Report of the Indian Hemp Drugs Commission, 1894-1895 - Volume VIII
Year: 1894
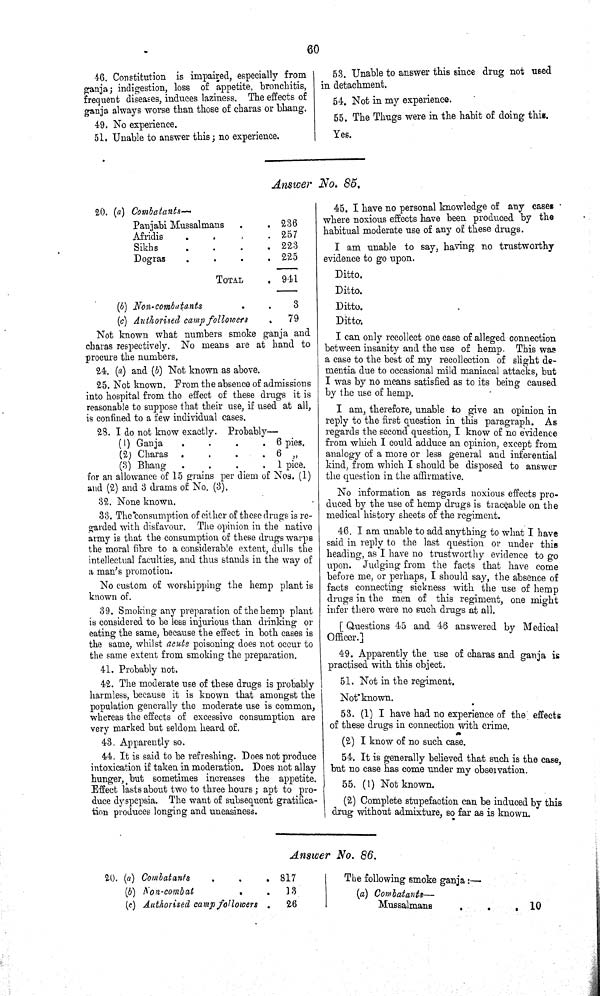
60
46. Constitution is impaired, especially from
ganja; indigestion, loss of appetite, bronchitis,
frequent diseases, induces laziness. The effects of
ganja always worse than those of charas or bhang.
49. No experience.
51. Unable to answer this; no experience.
53. Unable to answer this since drug not used
in detachment.
54. Not in my experience.
55. The Thugs were in the habit of doing this.
Yes.
Answer No. 85.
20. (a)
Combatants—
Panjabi Mussalmans
236
Afridis
257
Sikhs
223
Dogras
225
TOTAL
941
(b) Non-combatants
3
(c) Authorised camp followers
79
Not known what numbers smoke ganja and
charas respectively. No means are at hand to
procure the numbers.
24. (a) and (b) Not known as above.
25. Not known. From the absence of admissions
into hospital from the effect of these drugs it is
reasonable to suppose that their use, if used at all,
is confined to a few individual cases.
28. I do not know exactly.
Probably—
(1) Ganja
6 pies.
(2) Charas
6 "
(3) Bhang
1 pice.
for an allowance of 15 grains per diem of Nos. (1)
and (2) and 3 drams of No. (3).
32. None known.
33. The consumption of either of these drugs is re-
garded with disfavour. The opinion in the native
army is that the consumption of these drugs warps
the moral fibre to a considerable extent, dulls the
intellectual faculties, and thus stands in the way of
a man's promotion.
No custom of worshipping the hemp plant is
known of.
39. Smoking any preparation of the hemp plant
is considered to be less injurious than drinking or
eating the same, because the effect in both cases is
the same, whilst acute poisoning does not occur to
the same extent from smoking the preparation.
41. Probably not.
42. The moderate use of these drugs is probably
harmless, because it is known that amongst the
population generally the moderate use is common,
whereas the effects of excessive consumption are
very marked but seldom heard of.
43. Apparently so.
44. It is said to be refreshing. Does not produce
intoxication if taken in moderation. Does not allay
hunger, but sometimes increases the appetite.
Effect lasts about two to three hours; apt to pro-
duce dyspepsia. The want of subsequent gratifica-
tion produces longing and uneasiness.
45. I have no personal knowledge of any cases
where noxious effects have been produced by the
habitual moderate use of any of these drugs.
I am unable to say, having no trustworthy
evidence to go upon.
Ditto.
Ditto.
Ditto.
Ditto.
I can only recollect one case of alleged connection
between insanity and the use of hemp. This was
a case to the best of my recollection of slight de-
mentia due to occasional mild maniacal attacks, but
I was by no means satisfied as to its being caused
by the use of hemp.
I am, therefore, unable to give an opinion in
reply to the first question in this paragraph. As
regards the second question, I know of no evidence
from which I could adduce an opinion, except from
analogy of a more or less general and inferential
kind, from which I should be disposed to answer
the question in the affirmative.
No information as regards noxious effects pro-
duced by the use of hemp drugs is traceable on the
medical history sheets of the regiment.
46. I am unable to add anything to what I have
said in reply to the last question or under this
heading, as I have no trustworthy evidence to go
upon. Judging from the facts that have come
before me, or perhaps, I should say, the absence of
facts connecting sickness with the use of hemp
drugs in the men of this regiment, one might
infer there were no such drugs at all.
[Questions 45 and 46 answered by Medical
Officer.]
49. Apparently the use of charas and ganja is
practised with this object.
51. Not in the regiment.
Not known.
53. (1) I have had no experience of the effects
of these drugs in connection with crime.
(2) I know of no such case.
54. It is generally believed that such is the case,
but no case has come under my observation.
55. (1) Not known.
(2) Complete stupefaction can be induced by this
drug without admixture, so far as is known.
Answer No. 86.
20. (a) Combatants
817
(b) Non-combat
13
(c) Authorised camp followers
26
The following smoke ganja:—
(a) Combatants—
Mussalmans
10